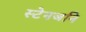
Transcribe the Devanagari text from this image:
स्टेनजनि